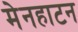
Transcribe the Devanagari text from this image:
मेनहाटन